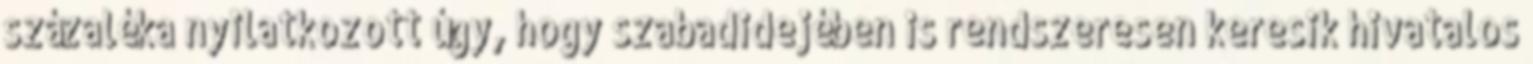
százaléka nyilatkozott úgy, hogy szabadidejében is rendszeresen keresik hivatalos